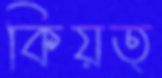
কিয়ত্